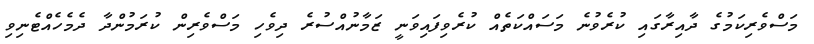
މަސްވެރިކަމުގެ ދާއިރާގައި ކުރެވުނެ މަސައްކަތެއް ކުރެވިފައިވަނީ ޒަމާނުއްސުރެ ދިވެހި މަސްވެރިން ކުރަމުންދާ ދެމެހެއްޓެނިވި